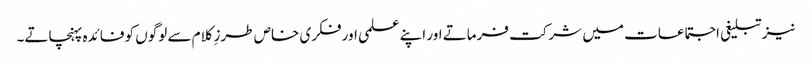
نیز تبلیغی اجتماعات میں شرکت فرماتے اور اپنے علمی اور فکری خاص طرزِ کلام سے لوگوں کو فائدہ پہنچاتے۔